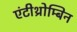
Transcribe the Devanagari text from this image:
एंटीथ्रोम्बिन